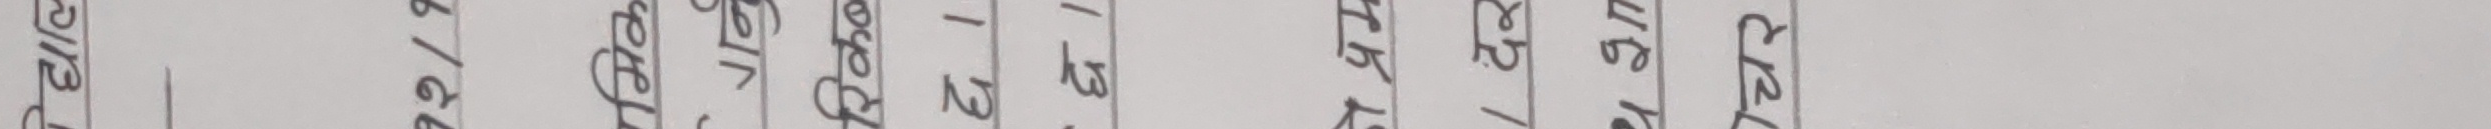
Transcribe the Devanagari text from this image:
जम्मा रु ८२१/- रहेको